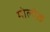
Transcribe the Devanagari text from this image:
मोलोख़